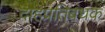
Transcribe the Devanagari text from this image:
दाहप्रतिबंधक